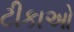
ટીકાઓ